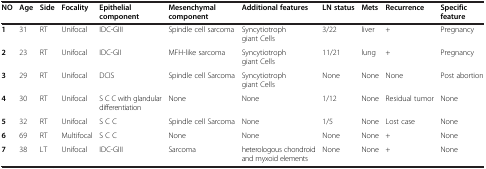
<table><thead><tr><td><b>NO</b></td><td><b>Age</b></td><td><b>Side</b></td><td><b>Focality</b></td><td><b>Epithelial component</b></td><td><b>Mesenchymal component</b></td><td><b>Additional features</b></td><td><b>LN status</b></td><td><b>Mets</b></td><td><b>Recurrence</b></td><td><b>Specific feature</b></td></tr></thead><tbody><tr><td><b>1</b></td><td>31</td><td>RT</td><td>Unifocal</td><td>IDC-GIII</td><td>Spindle cell sarcoma</td><td>Syncytiotroph giant Cells</td><td>3/22</td><td>liver</td><td>+</td><td>Pregnancy</td></tr><tr><td><b>2</b></td><td>23</td><td>RT</td><td>Unifocal</td><td>IDC-GII</td><td>MFH-like sarcoma</td><td>Syncytiotroph giant Cells</td><td>11/21</td><td>lung</td><td>+</td><td>Pregnancy</td></tr><tr><td><b>3</b></td><td>29</td><td>RT</td><td>Unifocal</td><td>DCIS</td><td>Spindle cell Sarcoma</td><td>Syncytiotroph giant Cells</td><td>None</td><td>None</td><td>None</td><td>Post abortion</td></tr><tr><td><b>4</b></td><td>30</td><td>RT</td><td>Unifocal</td><td>S C C with glandular differentiation</td><td>None</td><td>None</td><td>1/12</td><td>None</td><td>Residual tumor</td><td>None</td></tr><tr><td><b>5</b></td><td>32</td><td>RT</td><td>Unifocal</td><td>S C C</td><td>Spindle cell Sarcoma</td><td>None</td><td>1/5</td><td>None</td><td>Lost case</td><td>None</td></tr><tr><td><b>6</b></td><td>69</td><td>RT</td><td>Multifocal</td><td>S C C</td><td>None</td><td>None</td><td>None</td><td>None</td><td>+</td><td>None</td></tr><tr><td><b>7</b></td><td>38</td><td>LT</td><td>Unifocal</td><td>IDC-GIII</td><td>Sarcoma</td><td>heterologous chondroid and myxoid elements</td><td>None</td><td>None</td><td>+</td><td>None</td></tr></tbody></table>